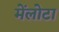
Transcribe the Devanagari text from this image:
मेंलोटा